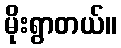
မိုးရွာတယ်။